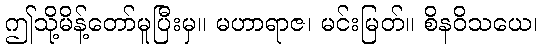
ဤသို့မိန့်တော်မူပြီးမှ။ မဟာရာဇ၊ မင်းမြတ်။ စိနဝိသယေ၊